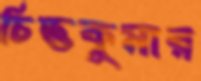
চিত্তকুমার